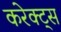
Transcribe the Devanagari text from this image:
करेक्ट्स